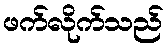
ဖက်လိုက်သည်